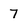
Character: 7